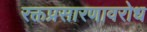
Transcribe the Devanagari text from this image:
रक्तप्रसारणावरोध